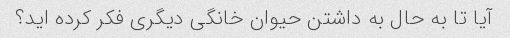
آیا تا به حال به داشتن حیوان خانگی دیگری فکر کرده اید؟